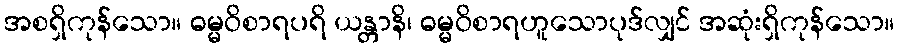
အစရှိကုန်သော။ ဓမ္မဝိစာရပရိ ယန္တာနိ၊ ဓမ္မဝိစာရဟူသောပုဒ်လျှင် အဆုံးရှိကုန်သော။